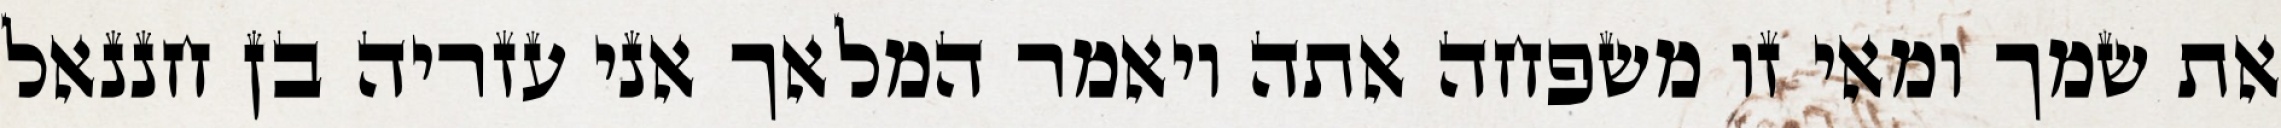
את שמך ומאי זו משפחה אתה ויאמר המלאך אני עזריה בן חננאל